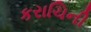
કરાચિની